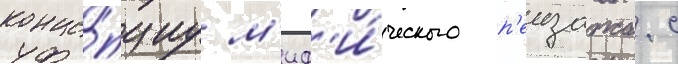
конце́пциу м'иф'и́ческого п'еизажа. с